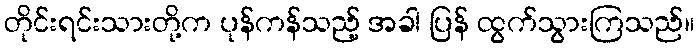
တိုင်းရင်းသားတို့က ပုန်ကန်သည့် အခါ ပြန် ထွက်သွားကြသည်။